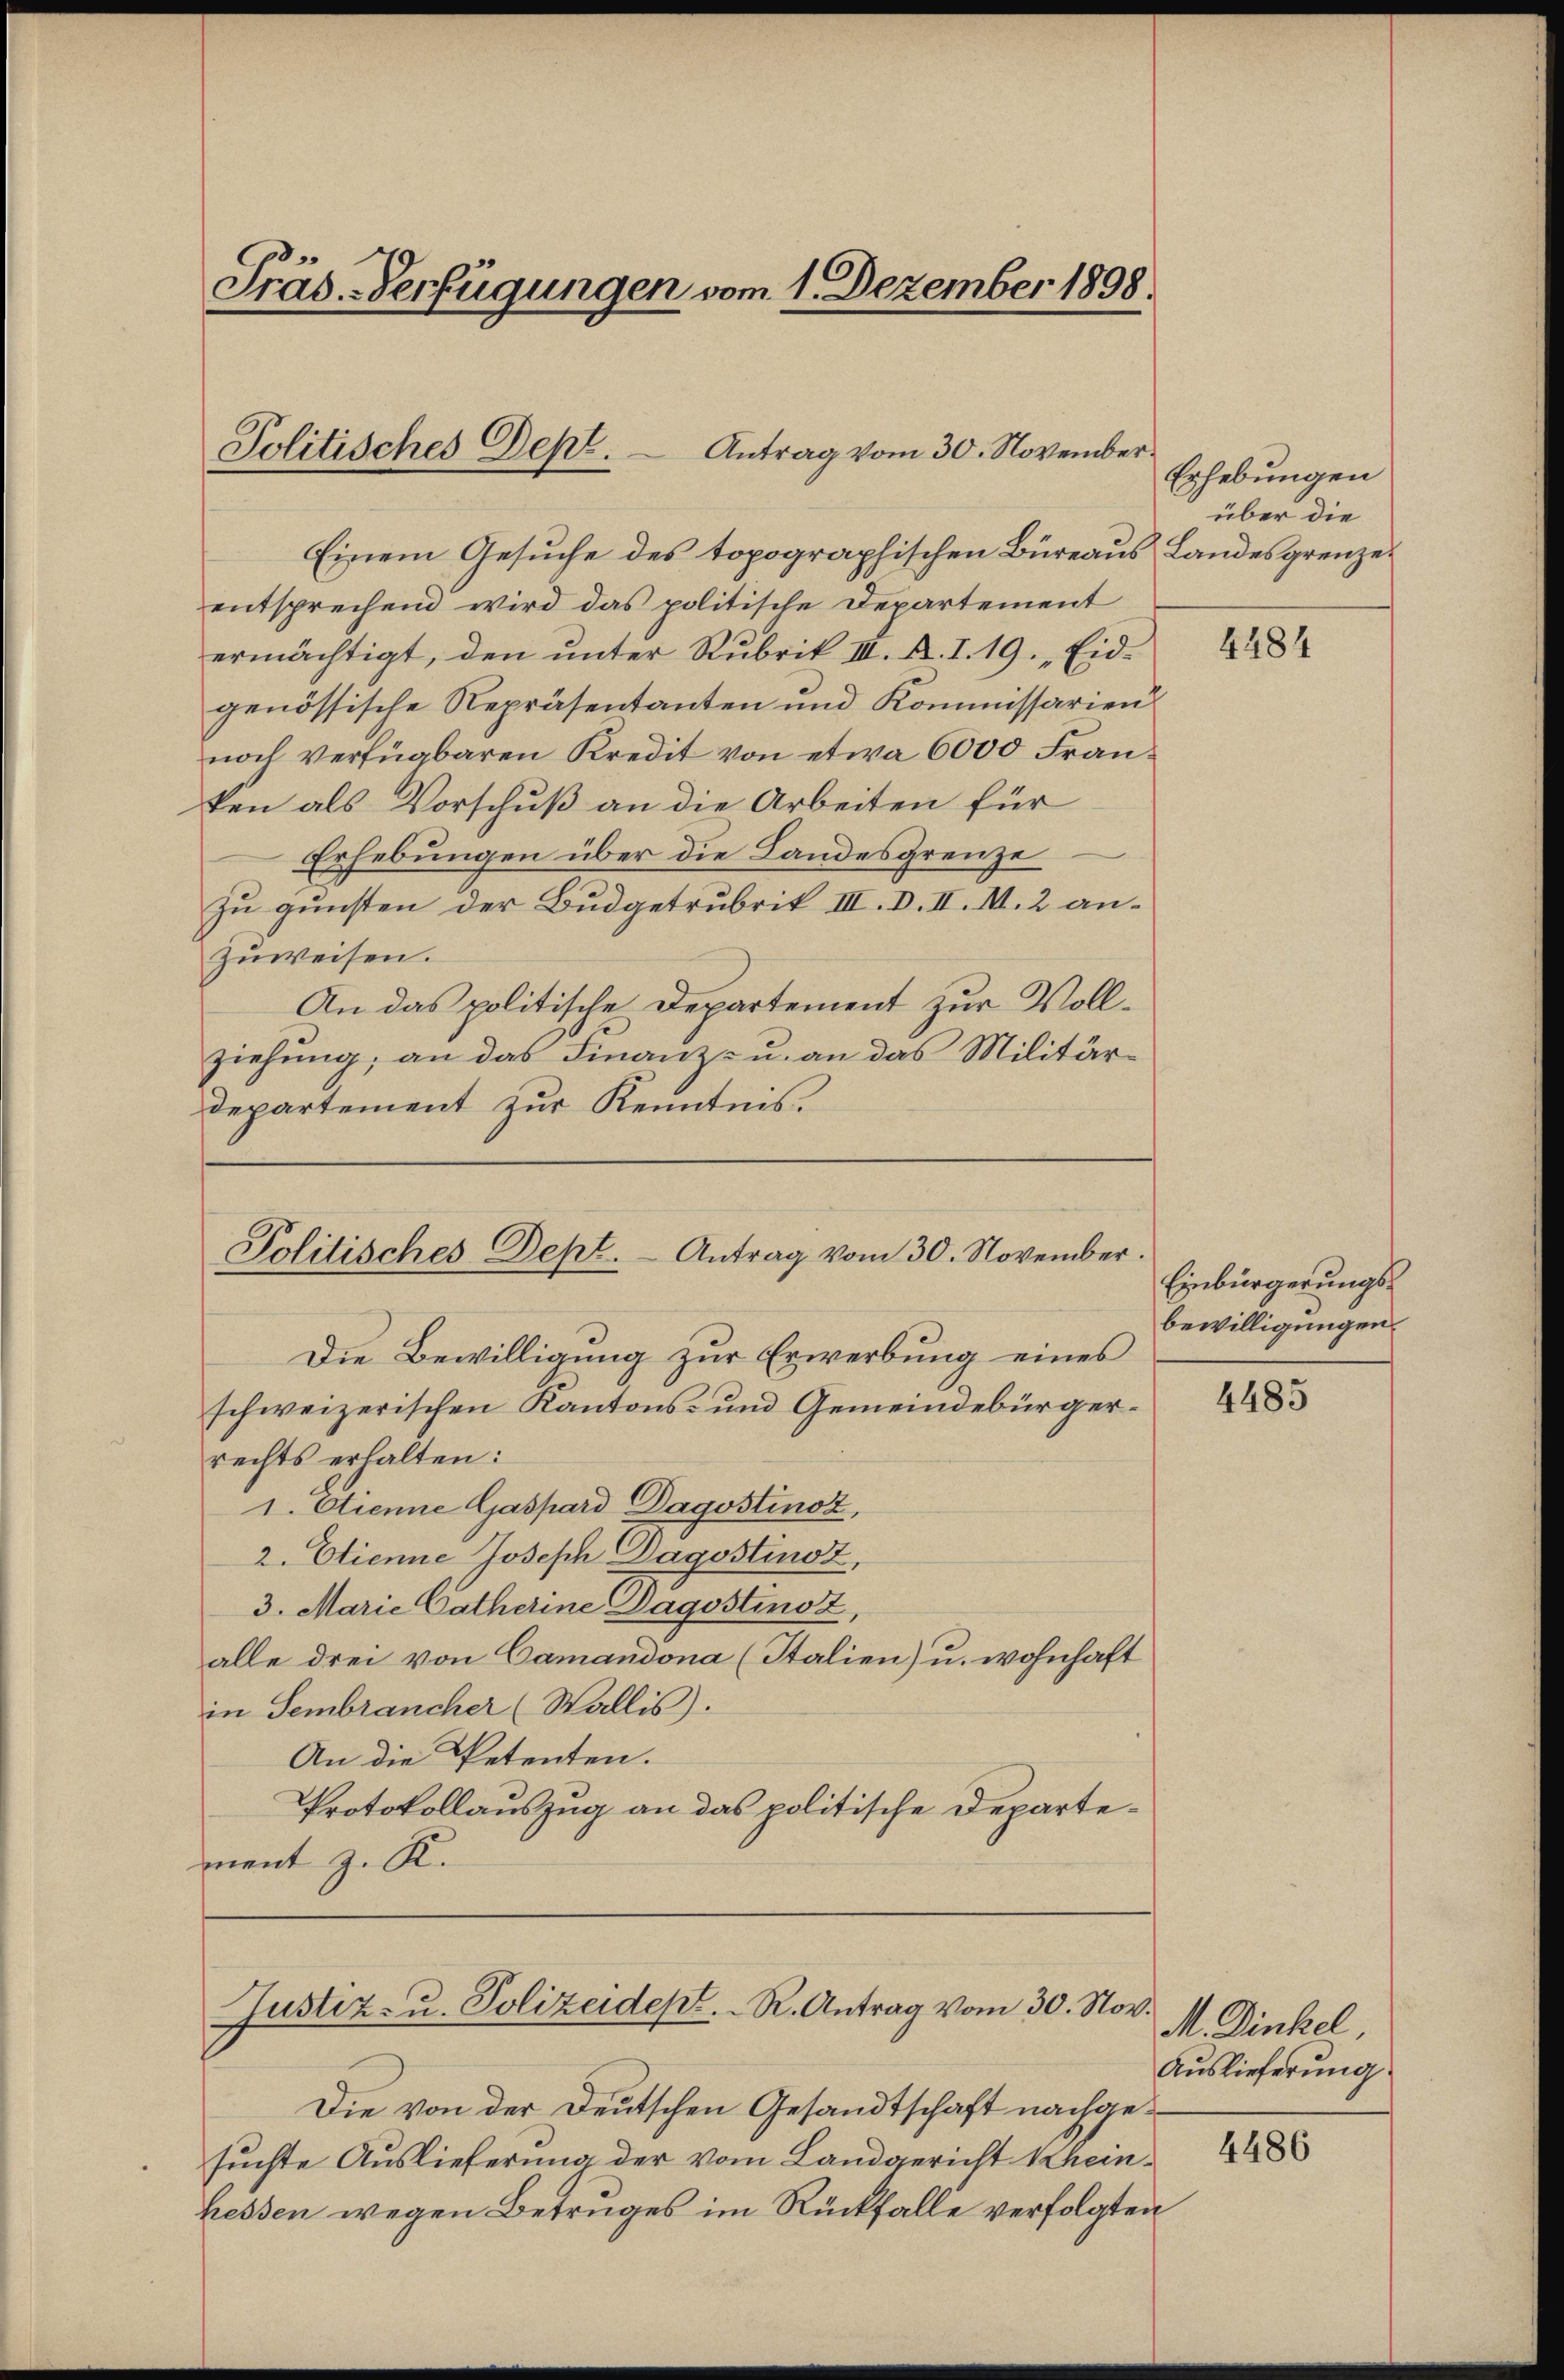
Präs. Verfügungen vom 1. Dezember 1898.

Politisches Dept.  Antrag vom 30. November¬

Einem Gesuche des topographischen Büreaus Landesgrenzeentsprechend wird das politische Departement
ermächtigt, den unter Rubrik III. R. I. 19. „Eid.
genössische Repräsentanten und Kommissarien
noch verfügbaren Kredit von etwa 6000 Franken als Vorschuß an die Arbeiten für
Erhebungen über die Landesgrenze
zu gunsten der Budgetrubrik III. D. II. II. 2 anzuweisen.
An das politische Departement zur Vollziehung; an das Finanz- u. an das Militär¬
Departement zur Kenntnis.

Politisches Dept. - Antrag vom 30. November.

Justiz- u. Polizeident. R. Antrag vom 30. Nov.

Die Bewilligung zur Erwerbung eines
schweizerischen Kantons- und Gemeindebürgerrechts erhalten:
1. Otienne Gaspard Dagostinoz,
2. Etienne Joseph Dagostinoz,
3. Marie Catherine Dagostinoz,
alle drei von Camandona (Italien) u. wohnhaft
in Sembrancher (Wallis).
An die Petenten.
Protokollauszug an das politische Departement z. R.

Erhebungen
über die

4484

Einbürgerungsbewilligungen.

4485

M. Dinkel
Auslieferung

Die von der Deutschen Gesandtschaft nachgesuchte Auslieferung der vom Landgericht Kheinhessen wegen Betruges im Rückfalle verfolgten

4486